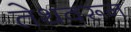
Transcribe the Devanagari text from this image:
तेथवरून